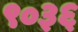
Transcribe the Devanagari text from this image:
९०३६